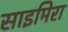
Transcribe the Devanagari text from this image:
साइमिरा